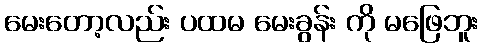
မေးတော့လည်း ပထမ မေးခွန်း ကို မဖြေဘူး